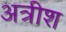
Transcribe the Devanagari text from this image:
अत्रीश